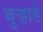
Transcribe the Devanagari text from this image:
बुऱ्हाडे